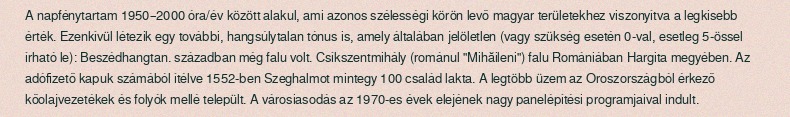
A napfénytartam 1950–2000 óra/év között alakul, ami azonos szélességi körön levő magyar területekhez viszonyítva a legkisebb érték. Ezenkívül létezik egy további, hangsúlytalan tónus is, amely általában jelöletlen (vagy szükség esetén 0-val, esetleg 5-össel írható le): Beszédhangtan. században még falu volt. Csíkszentmihály (románul "Mihăileni") falu Romániában Hargita megyében. Az adófizető kapuk számából ítélve 1552-ben Szeghalmot mintegy 100 család lakta. A legtöbb üzem az Oroszországból érkező kőolajvezetékek és folyók mellé települt. A városiasodás az 1970-es évek elejének nagy panelépítési programjaival indult.